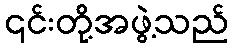
၎င်းတို့အဖွဲ့သည်